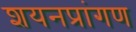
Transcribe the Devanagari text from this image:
शयनप्रांगण